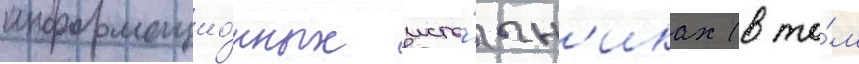
информацио́нных исто́чн'иках (в то́м